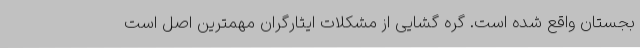
بجستان واقع شده‌ است. گره گشایی از مشکلات ایثارگران مهمترین اصل است